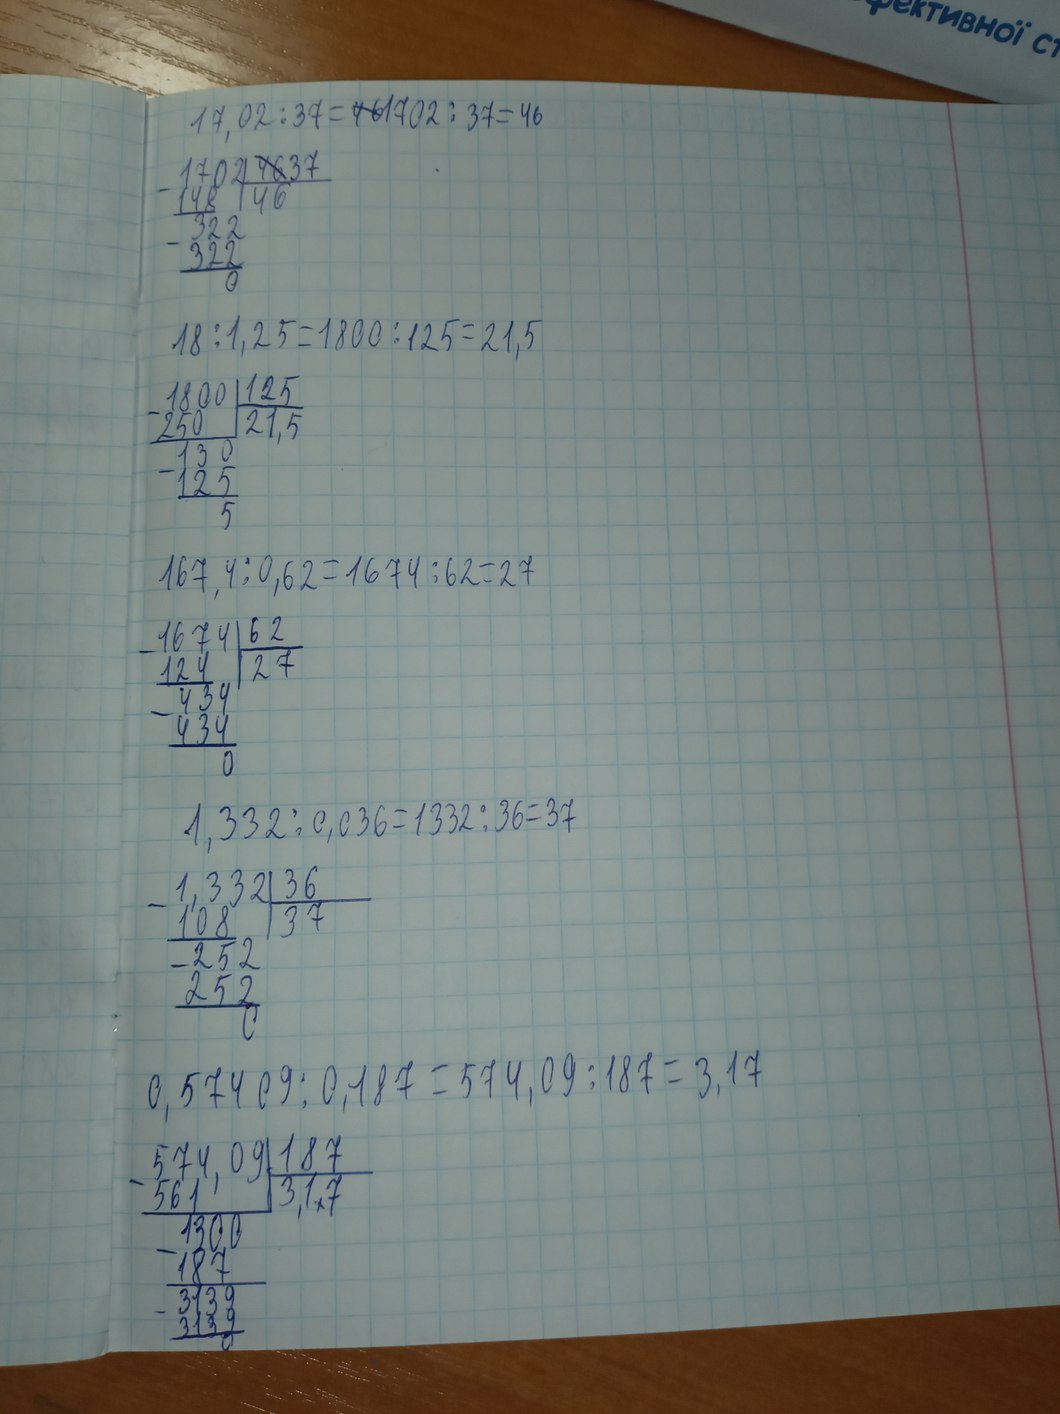
17,02 / 37 = ~~46~~ 1702 / 37 = 46
1702 | ~~46~~ 37
148 | 46
322
322
0
18 / 1,25 = 1800 / 125 = 21,5
1800 | 125
250 | 21,5
130
125
5
167,4 / 0,62 = 1674 / 62 = 27
1674 | 62
124 | 27
434
434
0
1,332 / 0,036 = 1332 / 36 = 37
1,332 | 36
108 | 37
252
252
0
0,57409 / 0,187 = 574,09 / 187 = 3,17
574,09 | 187
561 | 3,17
1300
187
3139
3139
0